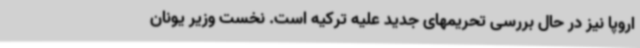
اروپا نیز در حال بررسی تحریمهای جدید علیه ترکیه است. نخست وزیر یونان